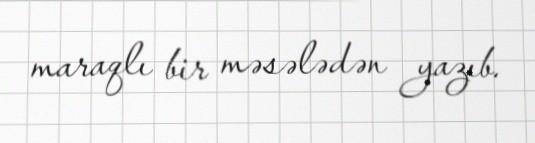
maraqlı bir məsələdən yazıb.